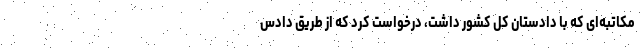
مکاتبه‌ای که با دادستان کل کشور داشت، درخواست کرد که از طریق دادس